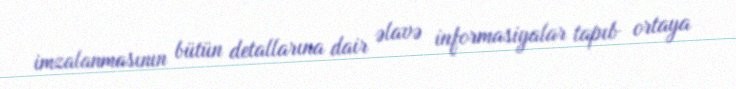
imzalanmasının bütün detallarına dair əlavə informasiyalar tapıb ortaya